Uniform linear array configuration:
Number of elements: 16
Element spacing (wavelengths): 0.25
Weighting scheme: hann
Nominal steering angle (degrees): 30
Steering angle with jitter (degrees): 30.08
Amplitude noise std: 0.05
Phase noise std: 0.05

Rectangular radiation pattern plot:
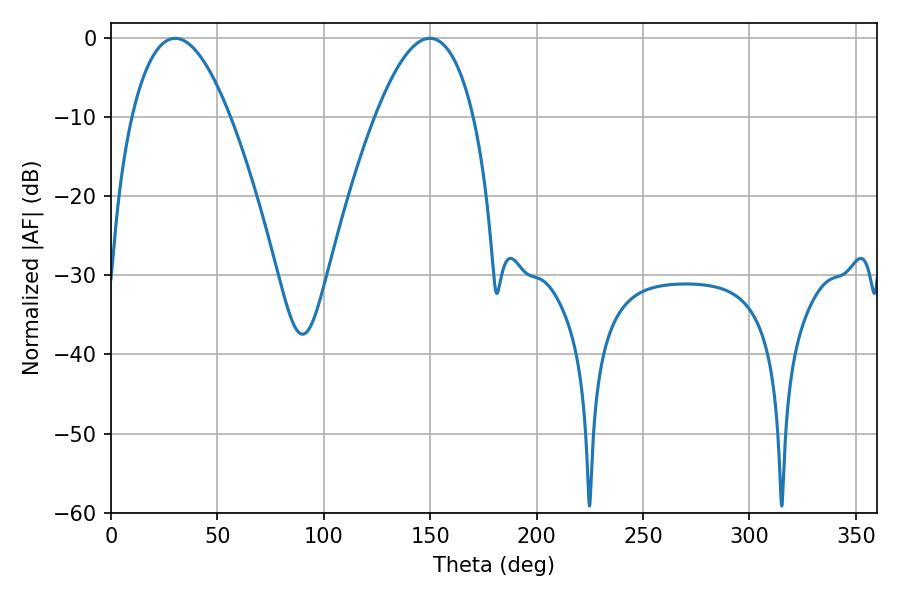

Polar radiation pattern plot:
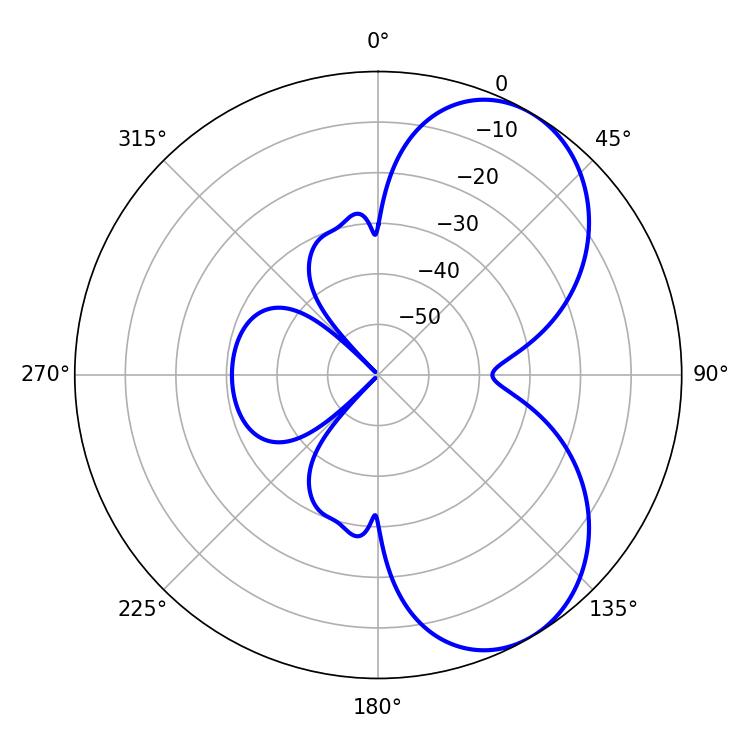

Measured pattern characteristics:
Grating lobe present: FALSE
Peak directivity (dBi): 6.083
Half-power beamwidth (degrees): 25.38
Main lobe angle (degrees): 30.24